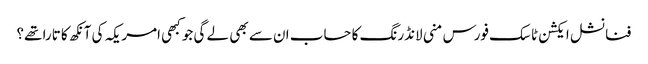
فنانشل ایکشن ٹاسک فورس منی لانڈرنگ کا حساب ان سے بھی لے گی جو کبھی امریکہ کی آنکھ کا تارا تھے؟